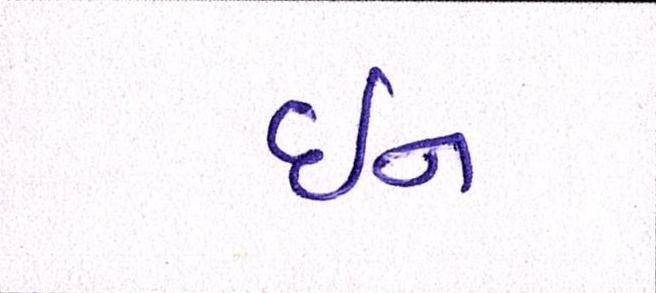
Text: ઇન